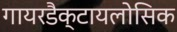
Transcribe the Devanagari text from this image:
गायरडैक्टायलोसिक